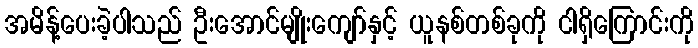
အမိန့်ပေးခဲ့ပါသည် ဦးအောင်မျိုးကျော်နှင့် ယူနစ်တစ်ခုကို ငါရှိကြောင်းကို